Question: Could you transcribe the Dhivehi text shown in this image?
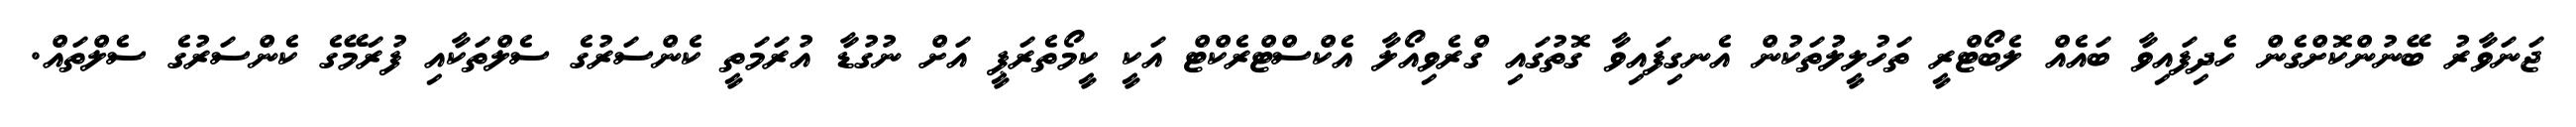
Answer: ޖަނަވާރު ބޭނުންކޮށްގެން ހެދިފައިވާ ބައެއް ލެބޯޓްރީ ތަހުލީލުތަކުން އެނގިފައިވާ ގޮތުގައި ގްރެވިއޯލާ އެކްސްޓްރެކްޓް އަކީ ކީމޯތެރަޕީ އަށް ނުގުޑާ އުރަމަތީ ކެންސަރުގެ ސެލްތަކާއި ފުރަމޭގެ ކެންސަރުގެ ސެލްތައް.